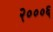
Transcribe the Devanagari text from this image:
२०००६